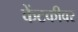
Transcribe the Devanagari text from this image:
केंटकीवर